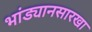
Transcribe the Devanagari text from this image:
भांड्यानसारखा